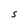
Character: S